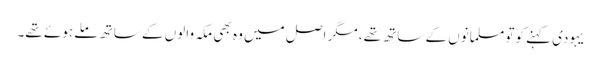
یہودی کہنے کوتو مسلمانوں کے ساتھ تھے ،مگر اصل میں وہ بھی مکہ والوں کے ساتھ ملے ہوئے تھے۔